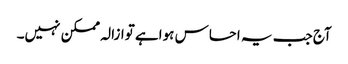
آج جب یہ احساس ہواہے توازالہ ممکن نہیں۔